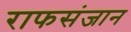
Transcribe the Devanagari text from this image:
राफसंजान